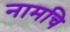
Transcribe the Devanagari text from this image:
नामचि